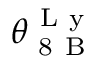
\theta _ { \mathrm { ~ 8 ~ B ~ } } ^ { \mathrm { ~ L ~ y ~ } }